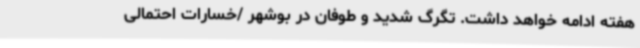
هفته ادامه خواهد داشت. تگرگ شدید و طوفان در بوشهر /خسارات احتمالی